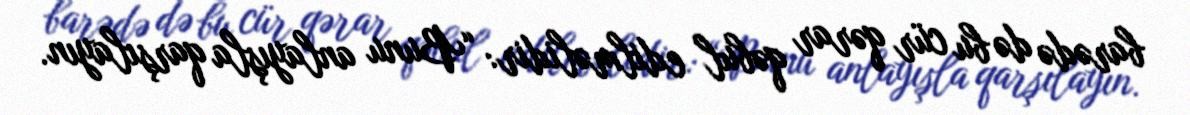
barədə də bu cür qərar qəbul edilməlidir: “Bunu anlayışla qarşılayın.